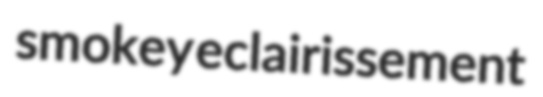
smokey eclairissement